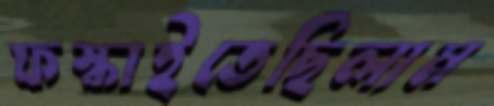
ফস্‌কাইতেছিলাম